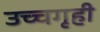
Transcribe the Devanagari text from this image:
उच्चगृही